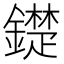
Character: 𨭣